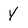
Character: y